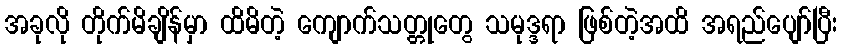
အခုလို တိုက်မိချိန်မှာ ထိမိတဲ့ ကျောက်သတ္တုတွေ သမုဒ္ဒရာ ဖြစ်တဲ့အထိ အရည်ပျော်ပြီး